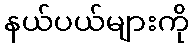
နယ်ပယ်များကို